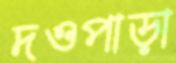
দওপাড়া